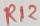
Text: R12